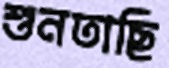
শুনতাছি